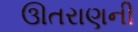
ઊતરાણની